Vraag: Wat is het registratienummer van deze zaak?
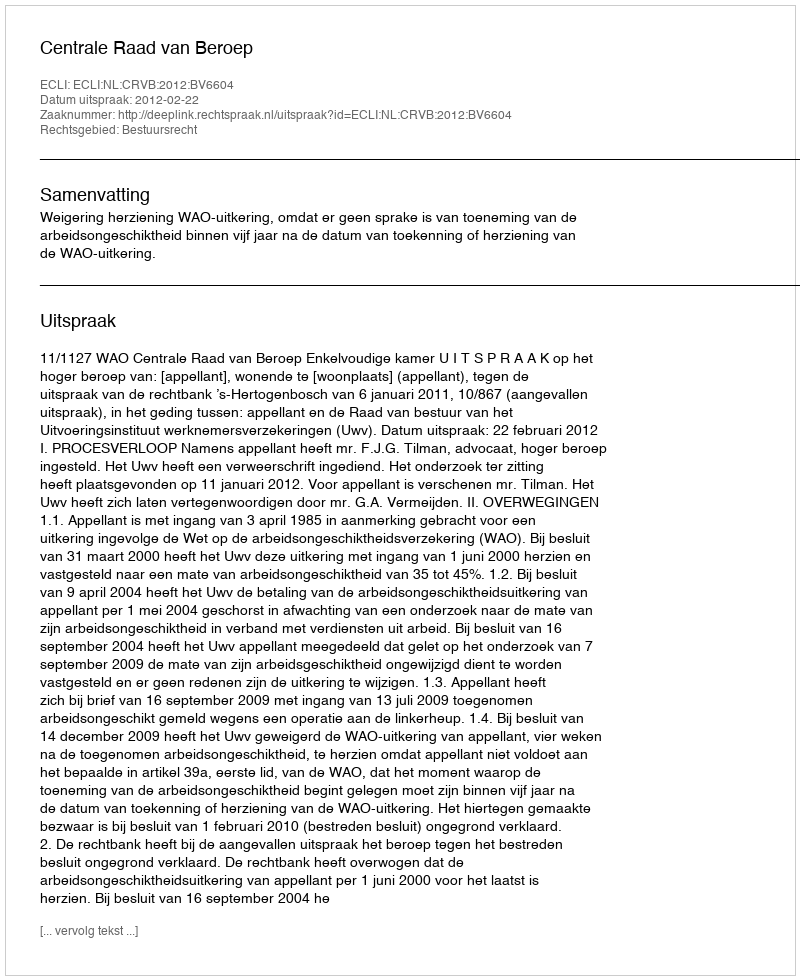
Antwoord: http://deeplink.rechtspraak.nl/uitspraak?id=ECLI:NL:CRVB:2012:BV6604